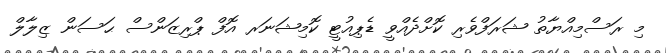
މި ރަސްމިއްޔާތު ޝަރަފްވެރި ކޮށްދެއްވީ ޑެޕިއުޓީ ކޮމިޝަނަރ އޮފް ޕްރިޒަންސް ޙަސަން ޒިލާލް